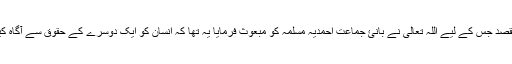
دوسرا مقصد جس کے لیے اللہ تعالیٰ نے بانئ جماعت احمدیہ مسلمہ کو مبعوث فرمایا یہ تھا کہ انسان کو ایک دوسرے کے حقوق سے آگاہ کیا جائے۔